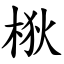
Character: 梑